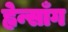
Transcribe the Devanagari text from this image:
ह्वेन्साँग